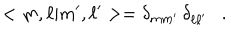
< m , \ell | m ^ { \prime } , \ell ^ { \prime } > = \delta _ { m m ^ { \prime } } \, \delta _ { \ell \ell ^ { \prime } } \ \ \ .